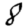
Digit: 8